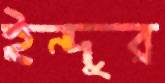
ইন্দুর